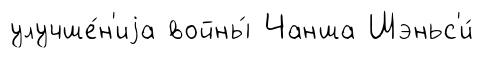
улучше́н'иjа войны́ Чанша Шэньс'и́